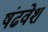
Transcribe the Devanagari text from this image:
षंढवेश